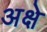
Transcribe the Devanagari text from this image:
अक्षे